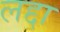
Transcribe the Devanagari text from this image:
लद्दा